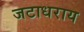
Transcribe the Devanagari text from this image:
जटाधराय